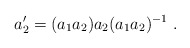
\begin{align*}a'_2 = (a_1 a_2 ) a_2 (a_1 a_2)^{-1} ~.\end{align*}